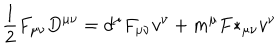
LaTeX: { \frac { 1 } { 2 } } F _ { \mu \nu } D ^ { \mu \nu } = d ^ { \mu } F _ { \mu \nu } v ^ { \nu } + m ^ { \mu } { F * } _ { \mu \nu } v ^ { \nu }